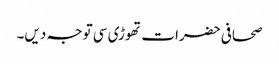
صحافی حضرات تھوڑی سی توجہ دیں۔